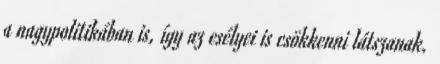
a nagypolitikában is, így az esélyei is csökkenni látszanak.